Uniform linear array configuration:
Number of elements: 4
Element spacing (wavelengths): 1
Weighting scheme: blackman
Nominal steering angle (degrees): -60
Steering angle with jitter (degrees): -60.259
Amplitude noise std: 0.05
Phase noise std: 0.05

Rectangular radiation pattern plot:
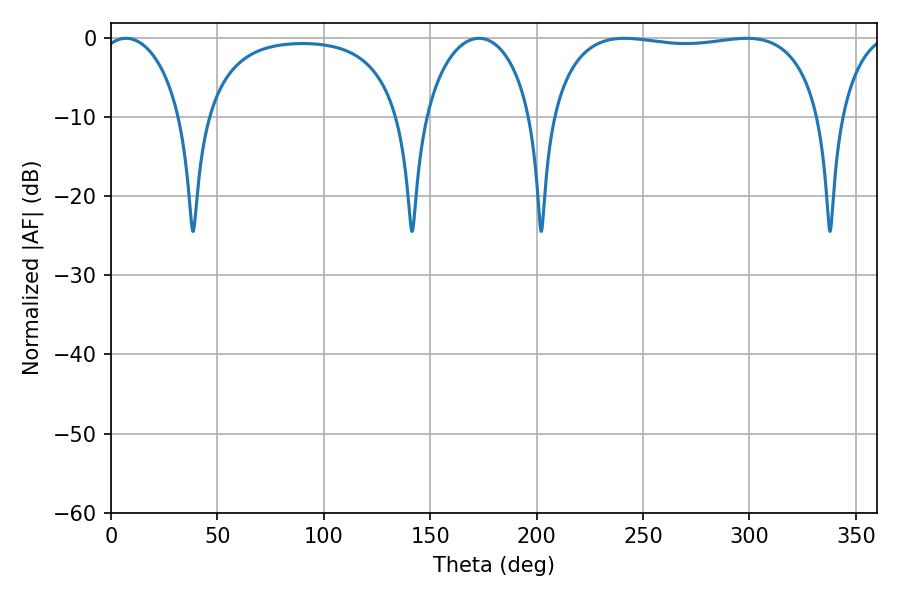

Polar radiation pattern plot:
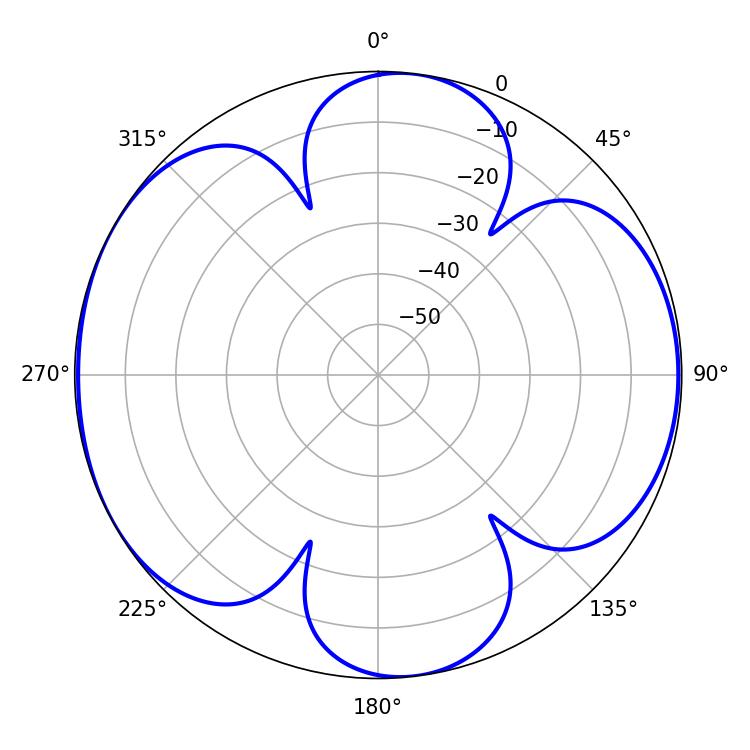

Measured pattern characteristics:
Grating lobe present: TRUE
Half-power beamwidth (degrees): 102.24
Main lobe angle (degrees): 241.2